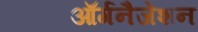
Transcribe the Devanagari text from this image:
ऑर्गनैजेशन